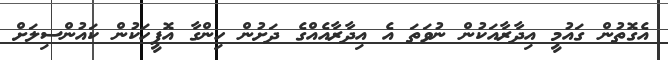
އެގޮތުން ގައުމީ އިދާރާއަކުން ނުވަތަ އެ އިދާރާއެއްގެ ދަށުން ހިންގާ އޮފީހަކުން ކައުންސިލަށް